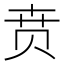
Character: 贲